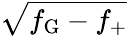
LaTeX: \sqrt{f_{\mathrm{G}}-f_{+}}